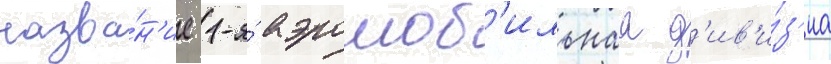
назва́н'ие 1-я́ аэромоб'ильнаа д'ив'и́з'иа